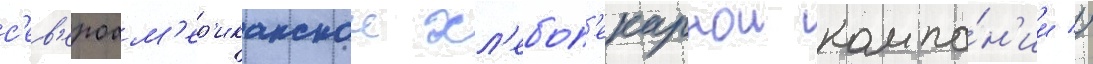
с'ев'ероам'ер'иканскои хл'ебоп'екарнои компа́н'ии //